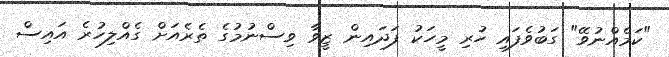
"ކަމެއްނުވޭ" ގަބުވެފައި ހުރި މީހަކު ފަދައިން ޒީވާ ވިސްނުމުގެ ތެރެއަށް ގެއްލިހުރެ އައިސް